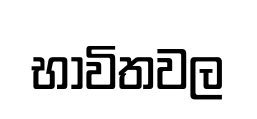
භාවිතවල